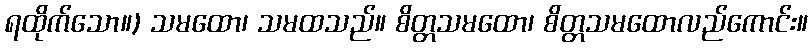
ရထိုက်သော။) သမထော၊ သမထသည်။ စိတ္တသမထော၊ စိတ္တသမထောလည်ကောင်း။